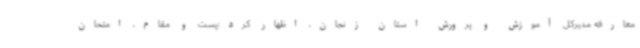
معارفه مدیرکل آموزش و پرورش استان زنجان، اظهار کرد:پست و مقام، امتحان